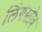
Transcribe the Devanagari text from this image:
लिंगस्तोत्र